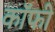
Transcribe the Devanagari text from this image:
कॉॅफी